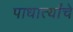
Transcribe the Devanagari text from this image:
पाधार्त्यांचे